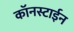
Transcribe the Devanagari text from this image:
कॉनस्टाईन